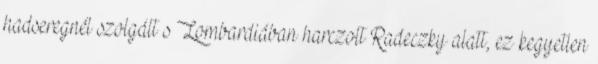
hadseregnél szolgált s Lombardiában harczolt Radeczky alatt, ez kegyetlen